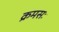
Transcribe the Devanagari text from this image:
क्रमसः